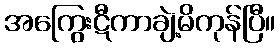
အကြွေးဋီကာချဲ့မိကုန်ပြီ။